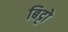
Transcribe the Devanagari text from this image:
बिट्टो